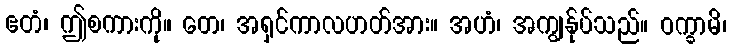
ဧတံ၊ ဤစကားကို။ တေ၊ အရှင်ကာလဟတ်အား။ အဟံ၊ အကျွန်ုပ်သည်။ ဝက္ခာမိ၊